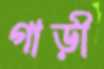
গাড়ী